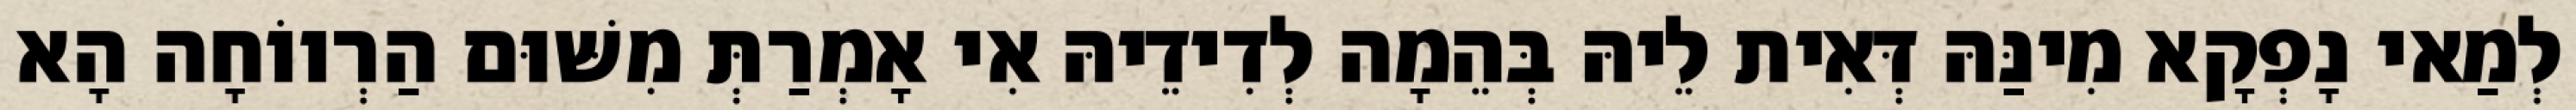
לְמַאי נָפְקָא מִינַּהּ דְּאִית לֵיהּ בְּהֵמָה לְדִידֵיהּ אִי אָמְרַתְּ מִשּׁוּם הַרְווֹחָה הָא